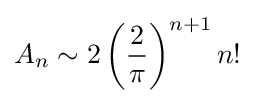
A_{n}\sim 2\left({\frac {2}{\pi }}\right)^{n+1}n!